Indian journal of veterinary science and animal husbandry - Volume 6,
Year: 1936
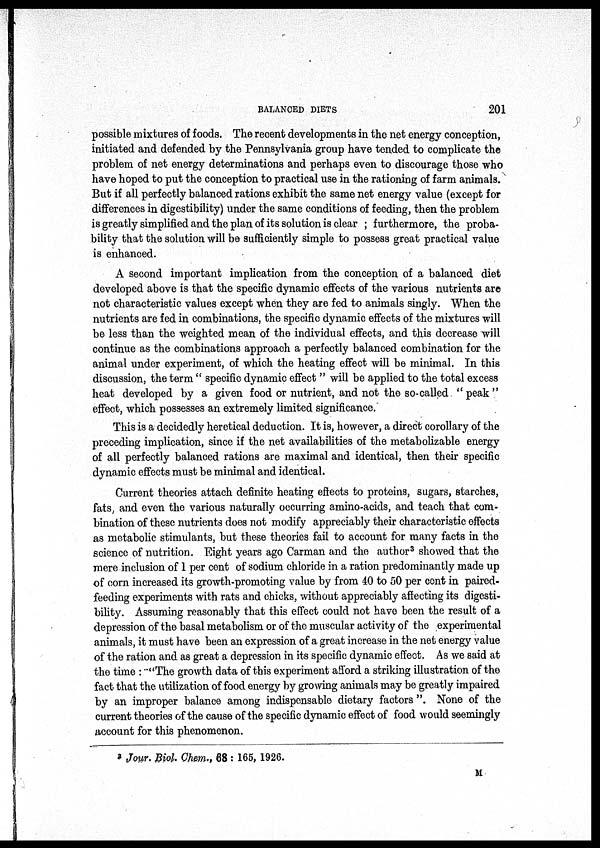
BALANCED DIETS
201
possible mixtures of foods. The recent developments in the net energy conception,
initiated and defended by the Pennsylvania group have tended to complicate the
problem of net energy determinations and perhaps even to discourage those who
have hoped to put the conception to practical use in the rationing of farm animals.
But if all perfectly balanced rations exhibit the same net energy value (except for
differences in digestibility) under the same conditions of feeding, then the problem
is greatly simplified and the plan of its solution is clear ; furthermore, the proba-
bility that the solution will be sufficiently simple to possess great practical value
is enhanced.
A second important implication from the conception of a balanced diet
developed above is that the specific dynamic effects of the various nutrients are
not characteristic values except when they are fed to animals singly. When the
nutrients are fed in combinations, the specific dynamic effects of the mixtures will
be less than the weighted mean of the individual effects, and this decrease will
continue as the combinations approach a perfectly balanced combination for the
animal under experiment, of which the heating effect will be minimal. In this
discussion, the term " specific dynamic effect " will be applied to the total excess
heat developed by a given food or nutrient, and not the so-called "peak"
effect, which possesses an extremely limited significance.
This is a decidedly heretical deduction. It is, however, a direct corollary of the
preceding implication, since if the net availabilities of the metabolizable energy
of all perfectly balanced rations are maximal and identical, then their specific
dynamic effects must be minimal and identical.
Current theories attach definite heating effects to proteins, sugars, starches,
fats, and even the various naturally occurring amino-acids, and teach that com-
bination of these nutrients does not modify appreciably their characteristic effects
as metabolic stimulants, but these theories fail to account for many facts in the
science of nutrition. Eight years ago Carman and the author 3 showed that the
mere inclusion of 1 per cent of sodium chloride in a ration predominantly made up
of corn increased its growth-promoting value by from 40 to 50 per cent in paired-
feeding experiments with rats and chicks, without appreciably affecting its digesti-
bility. Assuming reasonably that this effect could not have been the result of a
depression of the basal metabolism or of the muscular activity of the experimental
animals, it must have been an expression of a great increase in the net energy value
of the ration and as great a depression in its specific dynamic effect. As we said at
the time : "The growth data of this experiment afford a striking illustration of the
fact that the utilization of food energy by growing animals may be greatly impaired
by an improper balance among indispensable dietary factors ". None of the
current theories of the cause of the specific dynamic effect of food would seemingly
account for this phenomenon.
3 Jour. Biol. Chem., 68 : 165, 1926.
M